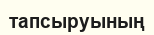
тапсыруының